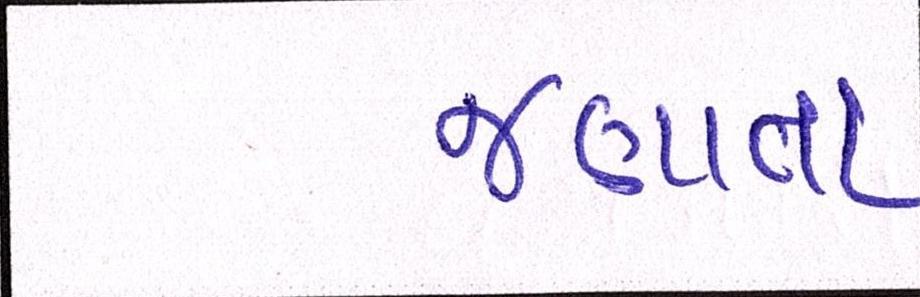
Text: જણાતા